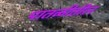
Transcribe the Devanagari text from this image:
पातळीतील